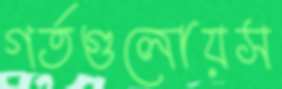
গর্তগুলোয়স